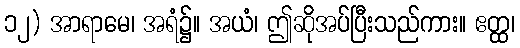
၁၂) အာရာမေ၊ အရံ၌။ အယံ၊ ဤဆိုအပ်ပြီးသည်ကား။ ဧတ္ထ၊